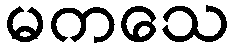
မကသေ